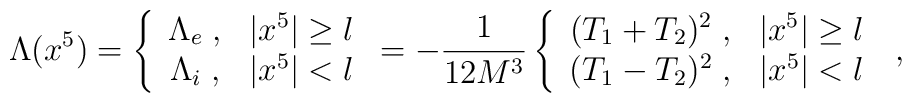
\Lambda(x^5)            =               \left\{ \begin{array}{cc}                       \Lambda_e \; , & |x^5| \ge l\\                       \Lambda_i \; , & |x^5| < l                       \end{array}               \right.            = -\frac{1}{12M^3}               \left\{ \begin{array}{cc}             (T_1+T_2)^2 \; , & |x^5| \ge l\\             (T_1-T_2)^2 \; , & |x^5| < l                       \end{array}               \right. \; ,